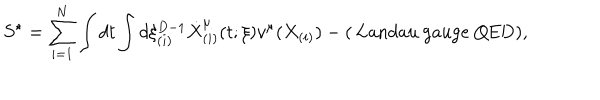
S ^ { \star } = \sum _ { i = 1 } ^ { N } \int d t \int d \xi _ { ( i ) } ^ { D - 1 } \dot { X } _ { ( i ) } ^ { \mu } ( t ; \xi ) v ^ { \mu } ( X _ { ( i ) } ) - ( \mathrm { ~ L a n d a u ~ g a u g e ~ Q E D } ) ,